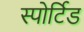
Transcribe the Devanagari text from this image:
स्पोर्टिड